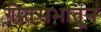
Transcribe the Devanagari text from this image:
गोतसभातून